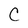
Character: C